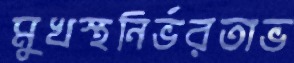
মুখস্থনির্ভরতাভ